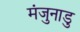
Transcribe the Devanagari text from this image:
मंजुनाडु